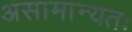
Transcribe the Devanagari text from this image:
असामान्यतः